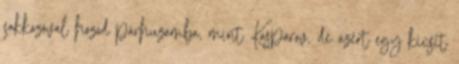
sakkozóval hozod párhuzamba, mint Kasparov, de azért egy kicsit